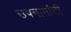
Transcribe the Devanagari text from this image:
उपनामांची